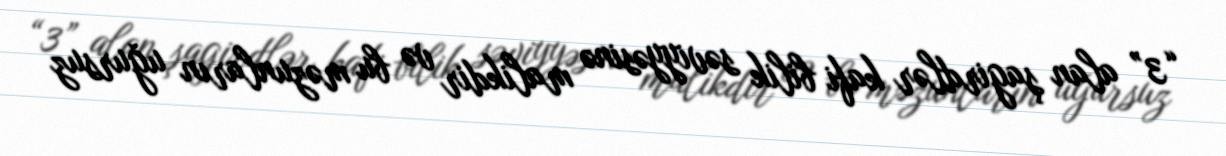
“3” alan şagirdlər kafi bilik səviyyəsinə malikdir və bu məzunların uğursuz